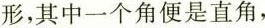
形，其中一个角便是直角